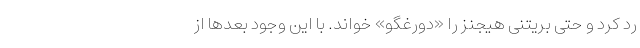
رد کرد و حتی بریتنی هیجنز را «دورغگو» خواند. با این وجود بعدها از